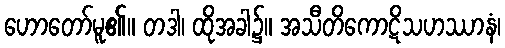
ဟောတော်မူ၏။ တဒါ၊ ထိုအခါ၌။ အသီတိကောဋိသဟဿာနံ၊